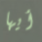
أيها